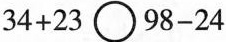
$$3 4 + 2 3 \circ 9 8 - 2 4$$